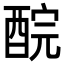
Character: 𨠻